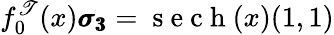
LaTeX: f_{0}^{\mathscr{T}}(x)\pmb{\sigma_{3}}=\mathrm{{~s~e~c~h~}}(x)(1,1)